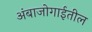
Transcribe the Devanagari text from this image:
अंबाजोगाईतील